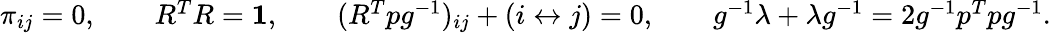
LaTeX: \begin{array}{r}{\pi_{ij}=0,\qquad R^{T}R={\mathbf 1},\qquad(R^{T}pg^{-1})_{ij}+(i\leftrightarrow j)=0,\qquad g^{-1}\lambda+\lambda g^{-1}=2g^{-1}p^{T}pg^{-1}.}\end{array}